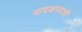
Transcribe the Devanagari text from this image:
नायकपदाची